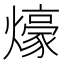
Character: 𤐶